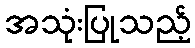
အသုံးပြုသည့်